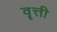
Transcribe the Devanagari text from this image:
वॄत्ती